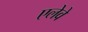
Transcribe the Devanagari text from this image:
एलेवे